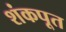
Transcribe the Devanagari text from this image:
शंकपूत